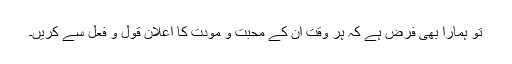
تو ہمارا بھی فرض ہے کہ ہر وقت ان کے محبت و مودت کا اعلان قول و فعل سے کریں۔